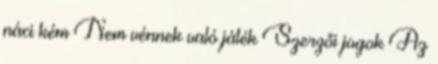
náci kém Nem vénnek való játék Szerzői jogok Az